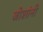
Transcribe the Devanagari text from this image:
जोशांनी